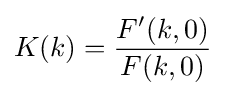
K(k)={\frac {F'(k,0)}{F(k,0)}}